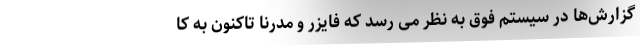
گزارش‌ها در سیستم فوق به نظر می رسد که فایزر و مدرنا تاکنون به کا